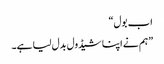
اب بول“
”ہم نے اپنا شیڈول بدل لیا ہے۔